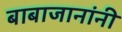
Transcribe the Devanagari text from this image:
बाबाजानांनी